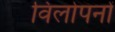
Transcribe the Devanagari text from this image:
विलोपनों